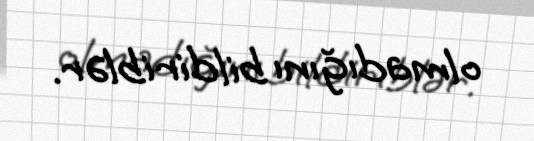
olmadığını bildiriblər.